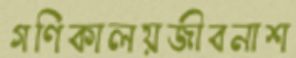
গণিকালয়জীবনাশ